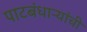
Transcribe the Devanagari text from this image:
पाटबंधाऱ्यांची